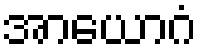
အာယောဂံ